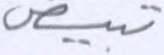
تبيض